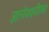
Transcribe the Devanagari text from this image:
ज्ञानेश्वरीला